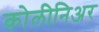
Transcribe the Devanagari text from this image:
कोलीनिअर